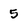
Character: 5